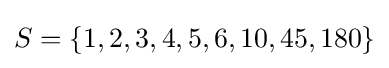
S=\{1,2,3,4,5,6,10,45,180\}